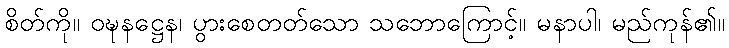
စိတ်ကို။ ဝဍ္ဎနဋ္ဌေန၊ ပွားစေတတ်သော သဘောကြောင့်။ မနာပါ၊ မည်ကုန်၏။